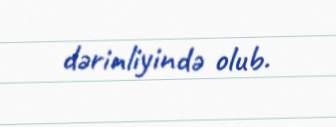
dərinliyində olub.